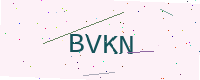
Text: BVKN